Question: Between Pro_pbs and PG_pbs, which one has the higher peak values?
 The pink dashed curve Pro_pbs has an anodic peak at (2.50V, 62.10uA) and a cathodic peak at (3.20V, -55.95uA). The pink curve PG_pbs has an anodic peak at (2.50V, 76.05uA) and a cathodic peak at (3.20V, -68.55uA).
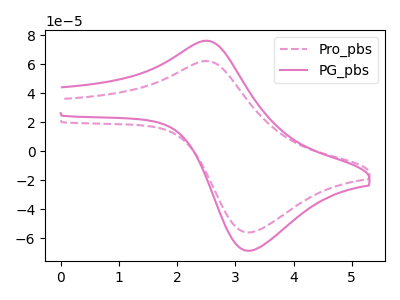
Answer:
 <answer>Every peak in "Pro_pbs" is lower than every peak in "PG_pbs".</answer>
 <eval>lower</eval>